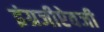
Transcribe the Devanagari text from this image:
इंग्रजीऐवजी